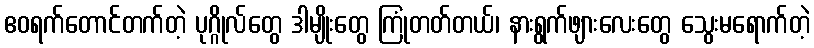
ဧဝရက်တောင်တက်တဲ့ ပုဂ္ဂိုလ်တွေ ဒါမျိုးတွေ ကြုံတတ်တယ်၊ နားရွက်ဖျားလေးတွေ သွေးမရောက်တဲ့